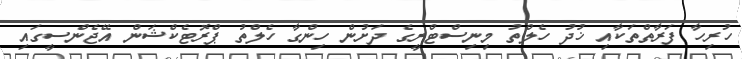
ހުރިހާ ފަރާތްތަކާއި ޚުދު ހެލްތު މިނިސްޓްރީގެ ދަށުން ހިންގާ ހެލްތު ޕްރޮޓެކްޝަން އޭޖެންސީގައި